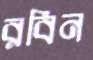
রবিন